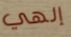
إلهي